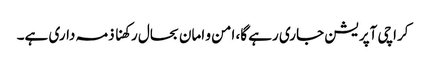
کراچی آپریشن جاری رہے گا، امن و امان بحال رکھنا ذمہ داری ہے۔